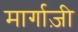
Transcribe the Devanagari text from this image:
मार्गाज़ी